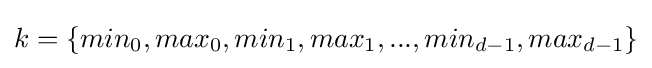
k=\{min_{0},max_{0},min_{1},max_{1},...,min_{d-1},max_{d-1}\}